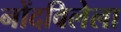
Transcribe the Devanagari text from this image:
नोंदविलेला